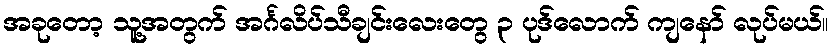
အခုတော့ သူ့အတွက် အင်္ဂလိပ်သီချင်းလေးတွေ ၃ ပုဒ်လောက် ကျနော် လုပ်မယ်။